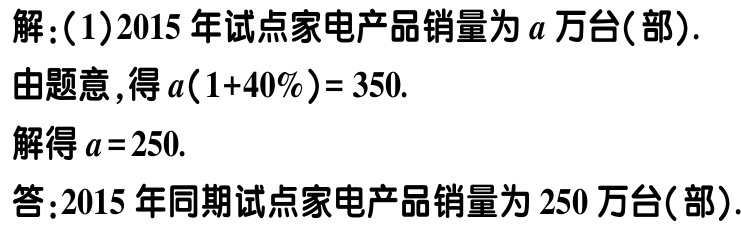
解：(1)2015 年试点家电产品销量为\(a\)万台(部).

由题意，得\(a(1 + 40\%) = 350\).

解得\(a = 250\).

答：2015 年同期试点家电产品销量为 250 万台(部).